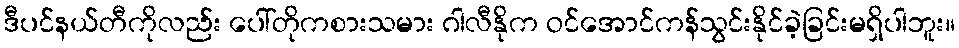
ဒီပင်နယ်တီကိုလည်း ပေါ်တိုကစားသမား ဂါလီနိုက ဝင်အောင်ကန်သွင်းနိုင်ခဲ့ခြင်းမရှိပါဘူး။